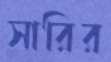
সারির